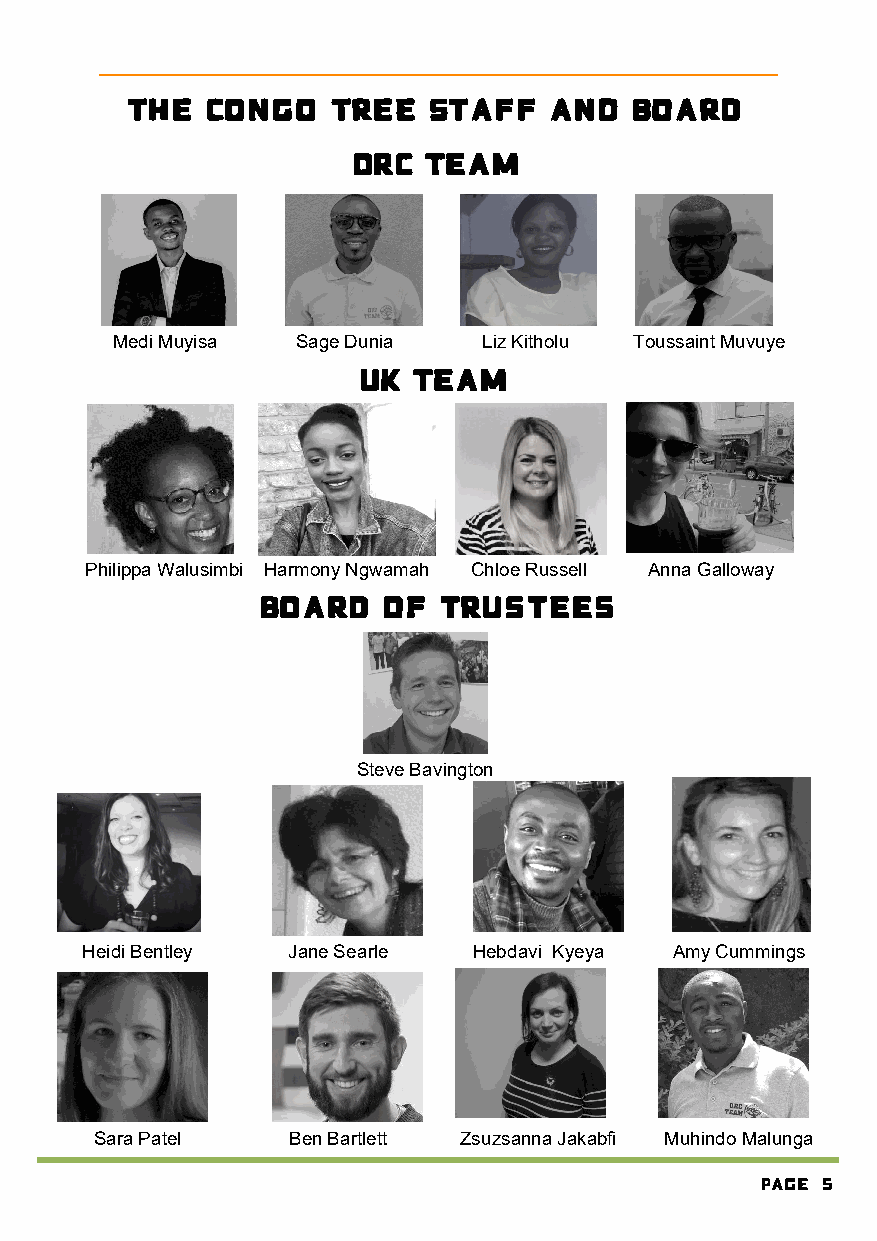
The   Congo   Tree   Staff   and  Board
 DRC  Team
 Medi Muyisa  Sage Dunia  Liz Kitholu Toussaint Muvuye
 UK Team
 Philippa Walusimbi Harmony Ngwamah Chloe Russell Anna Galloway
 Board   of  Trustees
 Steve Bavington
 Heidi Bentley Jane Searle Hebdavi Kyeya Amy Cummings
 Sara Patel   Ben Bartlett Zsuzsanna Jakabfi Muhindo Malunga
 Page 5